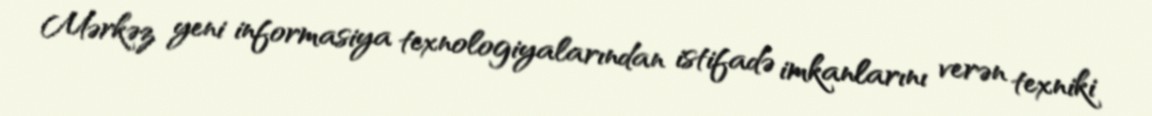
Mərkəz yeni informasiya texnologiyalarından istifadə imkanlarını verən texniki